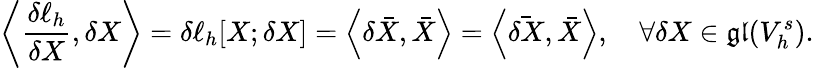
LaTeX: \left\langle\frac{\delta\ell_{h}}{\delta X},\delta X\right\rangle=\delta\ell_{h}[X;\delta X]=\left\langle\delta\bar{X},\bar{X}\right\rangle=\left\langle\bar{\delta X},\bar{X}\right\rangle,\quad\forall\delta X\in\mathfrak{gl}(V_{h}^{s}).